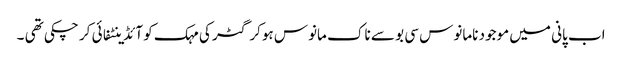
اب پانی میں موجود نامانوس سی بو سے ناک مانوس ہوکر گٹر کی مہک کو آئڈینٹفائی کر چکی تھی ۔